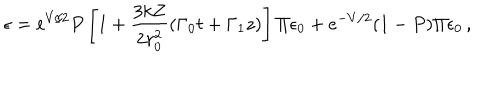
LaTeX: \epsilon = e ^ { V / 2 } P \left[ 1 + \frac { 3 k Z } { 2 r _ { 0 } ^ { 2 } } ( \Gamma _ { 0 } t + \Gamma _ { 1 } z ) \right] \Pi \epsilon _ { 0 } + e ^ { - V / 2 } ( 1 - P ) \Pi \epsilon _ { 0 } \, ,